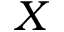
X